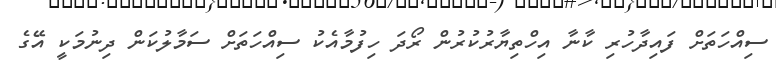
ސިއްހަތަށް ފައިދާހުރި ކާނާ އިހްތިޔާރުކުރުން ރޯދަ ހިފުމާއެކު ސިއްހަތަށް ސަމާލުކަން ދިނުމަކީ އޭގެ